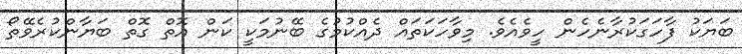
ބަޔަކު ފާހަގަކުރާނެހެން ހީވެއެވެ. މިވާހަކަތައް ދެއްކުމުގެ ބޭނުމަކީ ކަން އޮތް ގޮތް ބަޔާންކުރެވޭތޯ